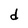
Character: d